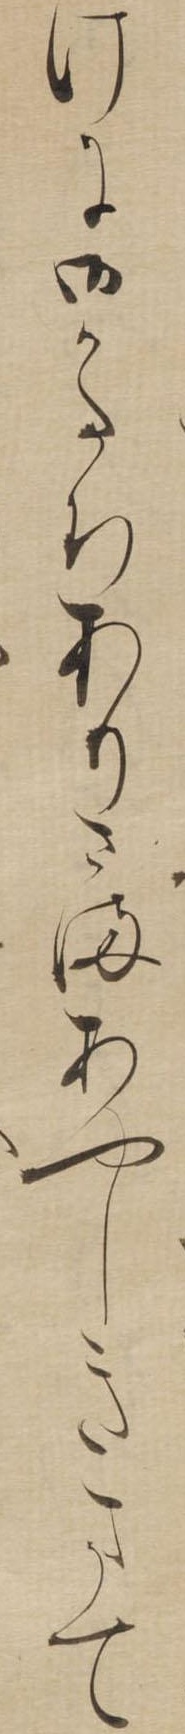
けに御かたちありさまあやしきまて